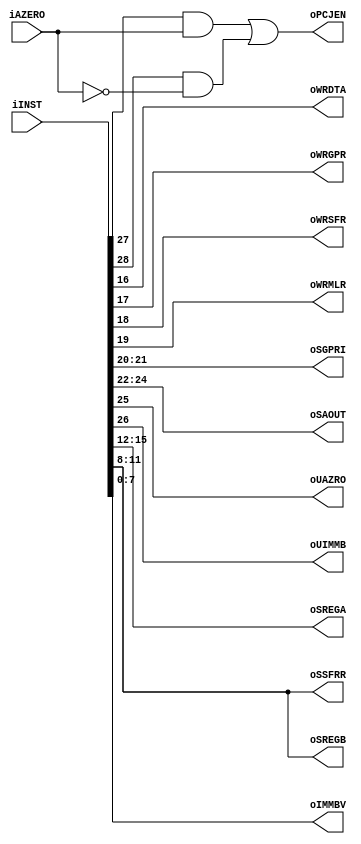
module idecoder(
        input           iAZERO,
        input  [31:0]   iINST,
        
        output          oWRDTA,
        output          oWRGPR,
        output          oWRSFR,
        output          oWRMLR,
        output [1:0]    oSGPRI,
        output [2:0]    oSAOUT,
        output          oUAZRO,
        output          oUIMMB,
        output          oPCJEN,
        output [3:0]    oSREGA,
        output [3:0]    oSREGB,
        output [3:0]    oSSFRR,
        output [7:0]    oIMMBV
    );
    
    wire   wJZ;
    wire   wJNZ;
    assign wJZ    = iINST[27];
    assign wJNZ   = iINST[28];
    
    assign oWRDTA = iINST[16];
    assign oWRGPR = iINST[17];
    assign oWRSFR = iINST[18];
    assign oWRMLR = iINST[19];
    assign oSGPRI = iINST[21:20];
    assign oSAOUT = iINST[24:22];
    assign oUAZRO = iINST[25];
    assign oUIMMB = iINST[26];
    assign oPCJEN = (wJZ && iAZERO) || (wJNZ && ~iAZERO);
    
    assign oSREGA = iINST[15:12];
    assign oSREGB = iINST[11:8];
    assign oSSFRR = iINST[11:8];
    assign oIMMBV = iINST[7:0];
    
endmodule